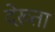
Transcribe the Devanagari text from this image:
देख्ता